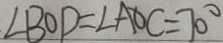
\angle B O D = \angle A O C = 7 0 ^ { \circ }